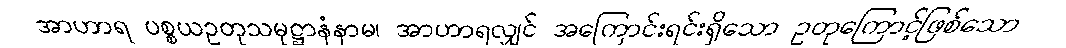
အာဟာရ ပစ္စယဥတုသမုဋ္ဌာနံနာမ၊ အာဟာရလျှင် အကြောင်းရင်းရှိသော ဥတုကြောင့်ဖြစ်သော